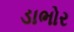
ડાભોર